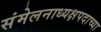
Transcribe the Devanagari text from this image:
संमेलनाध्यक्षपदाच्या